Vaccination in Bombay 1863-1868 - 1863-1868
Year: 1863
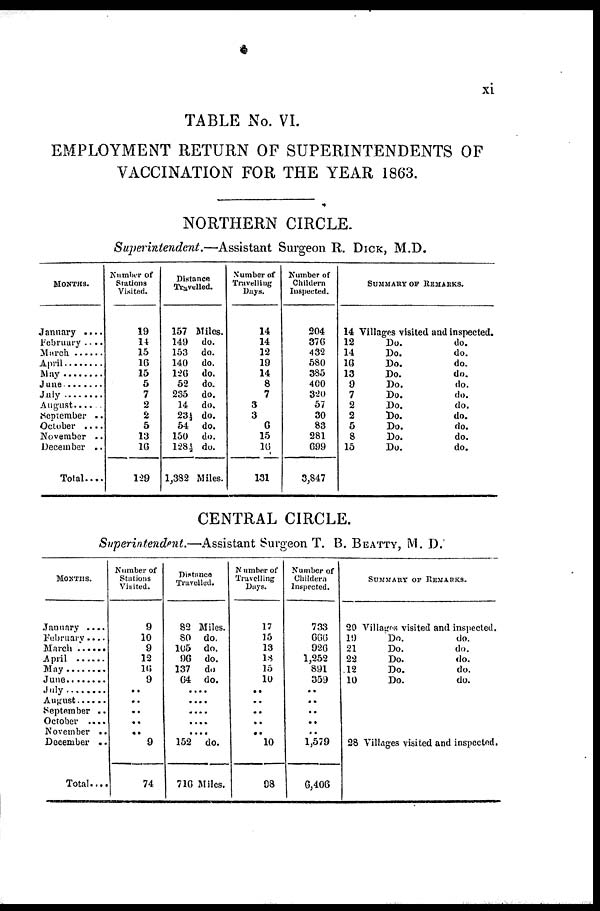
xi
TABLE No. VI.
EMPLOYMENT RETURN OF SUPERINTENDENTS OF
VACCINATION FOR THE YEAR 1863.
NORTHERN CIRCLE.
Superintendent.—Assistant
Surgeon R. DICK, M.D.
MONTHS.
January ....
February ....
March .......
April .......
May
June ......
July
August......
September ..
October ....
November ..
December ..
Total....
Number of
Stations
Visited.
19
14
15
16
15
5
7
2
2
5
13
16
129
Distance
Travelled.
157 Miles.
149 do.
153 do.
140 do.
126 do.
52 do.
235 do.
14 do.
23½ do.
54 do.
150 do.
128 ½ do.
1,382 Miles.
Number of
Travelling
Days.
14
14
12
19
14
8
7
3
3
6
15
16
131
Number of
Childern
Inspected.
204
376
432
580
385
400
320
57
30
83
281
699
3,847
SUMMARY OF REMARKS.
14 Villages visited and inspected.
12
Do.
do.
14
Do.
do.
16
Do.
do.
13
Do.
do.
9
Do.
do.
7
Do.
do.
2
Do.
do.
2
Do.
do.
5
Do.
do.
8
Do.
do.
15
Do.
do.
CENTRAL CIRCLE.
Superintendent.—Assistant Surgeon T. B. BEATTY, M. D.
MONTHS.
January ....
February ....
March ......
April .......
May ...........
June ..........
July
August ..........
September ..
October ....
November ..
December ..
Total....
Number of
Stations
Visited.
9
10
9
12
16
9
..
..
..
..
..
9
74
Distance
Travelled.
82 Miles.
80 do.
105 do.
96 do.
137 do
64 do.
..
..
..
..
..
152 do.
716 Miles.
Number of
Travelling
Days.
17
15
13
18
15
10
..
..
..
..
..
10
98
Number of
Childern
Inspected.
733
666
926
1,252
891
359
..
..
..
..
..
1,579
6,406
SUMMARY OF REMARKS.
20 Villages visited and inspected.
19
Do.
do.
21
Do.
do.
22
Do.
do.
12
Do.
do.
10
Do.
do.
28 Villages visited and inspected.